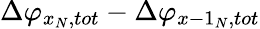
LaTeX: \Delta{{\varphi}_{{{x}_{N}},tot}}-\Delta{{\varphi}_{x-{{1}_{N}},tot}}